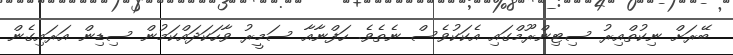
ބޭރަށް ނިކުތްއިރު ސިޓިންރޫމްގައި އެކަކުވެސް ނެތެވެ. ހަފްނާއާ ސަމީރު ވާހަކަދައްކަމުން ސިޑިން އަރައިގެން